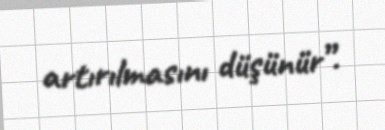
artırılmasını düşünür”.